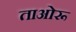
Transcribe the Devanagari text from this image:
ताओरू